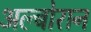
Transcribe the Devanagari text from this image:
अल्बोरान